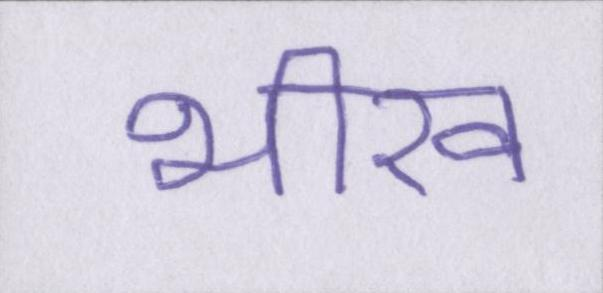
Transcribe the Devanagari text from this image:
भीख